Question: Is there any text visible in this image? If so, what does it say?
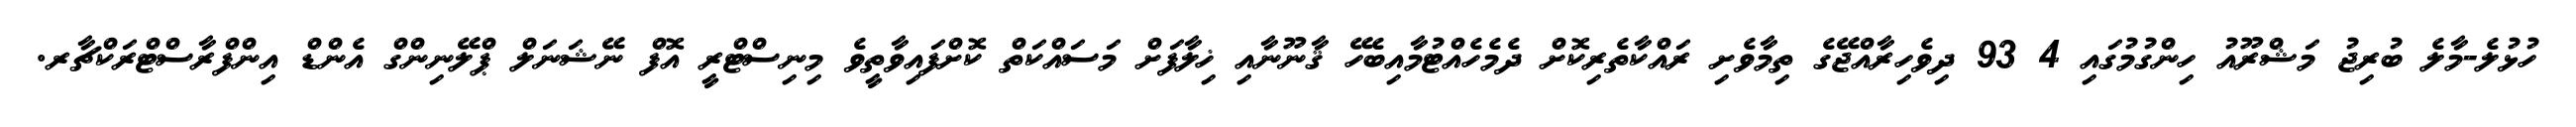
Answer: ހުޅުލެ-މާލެ ބުރިޖު މަޝްރޫއު ހިންގުމުގައި 4 93 ދިވެހިރާއްޖޭގެ ތިމާވެށި ރައްކާތެރިކޮށް ދެމެހެއްޓުމާއިބެހޭ ޤާނޫނާއި ޚިލާފަށް މަސައްކަތް ކޮށްފައިވާތީވެ މިނިސްޓްރީ އޮފް ނޭޝަނަލް ޕްލޭނިންގް އެންޑް އިންފްރާސްޓްރަކްޗާރ.